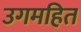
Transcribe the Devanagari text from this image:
उगमहित